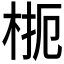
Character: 𱣜